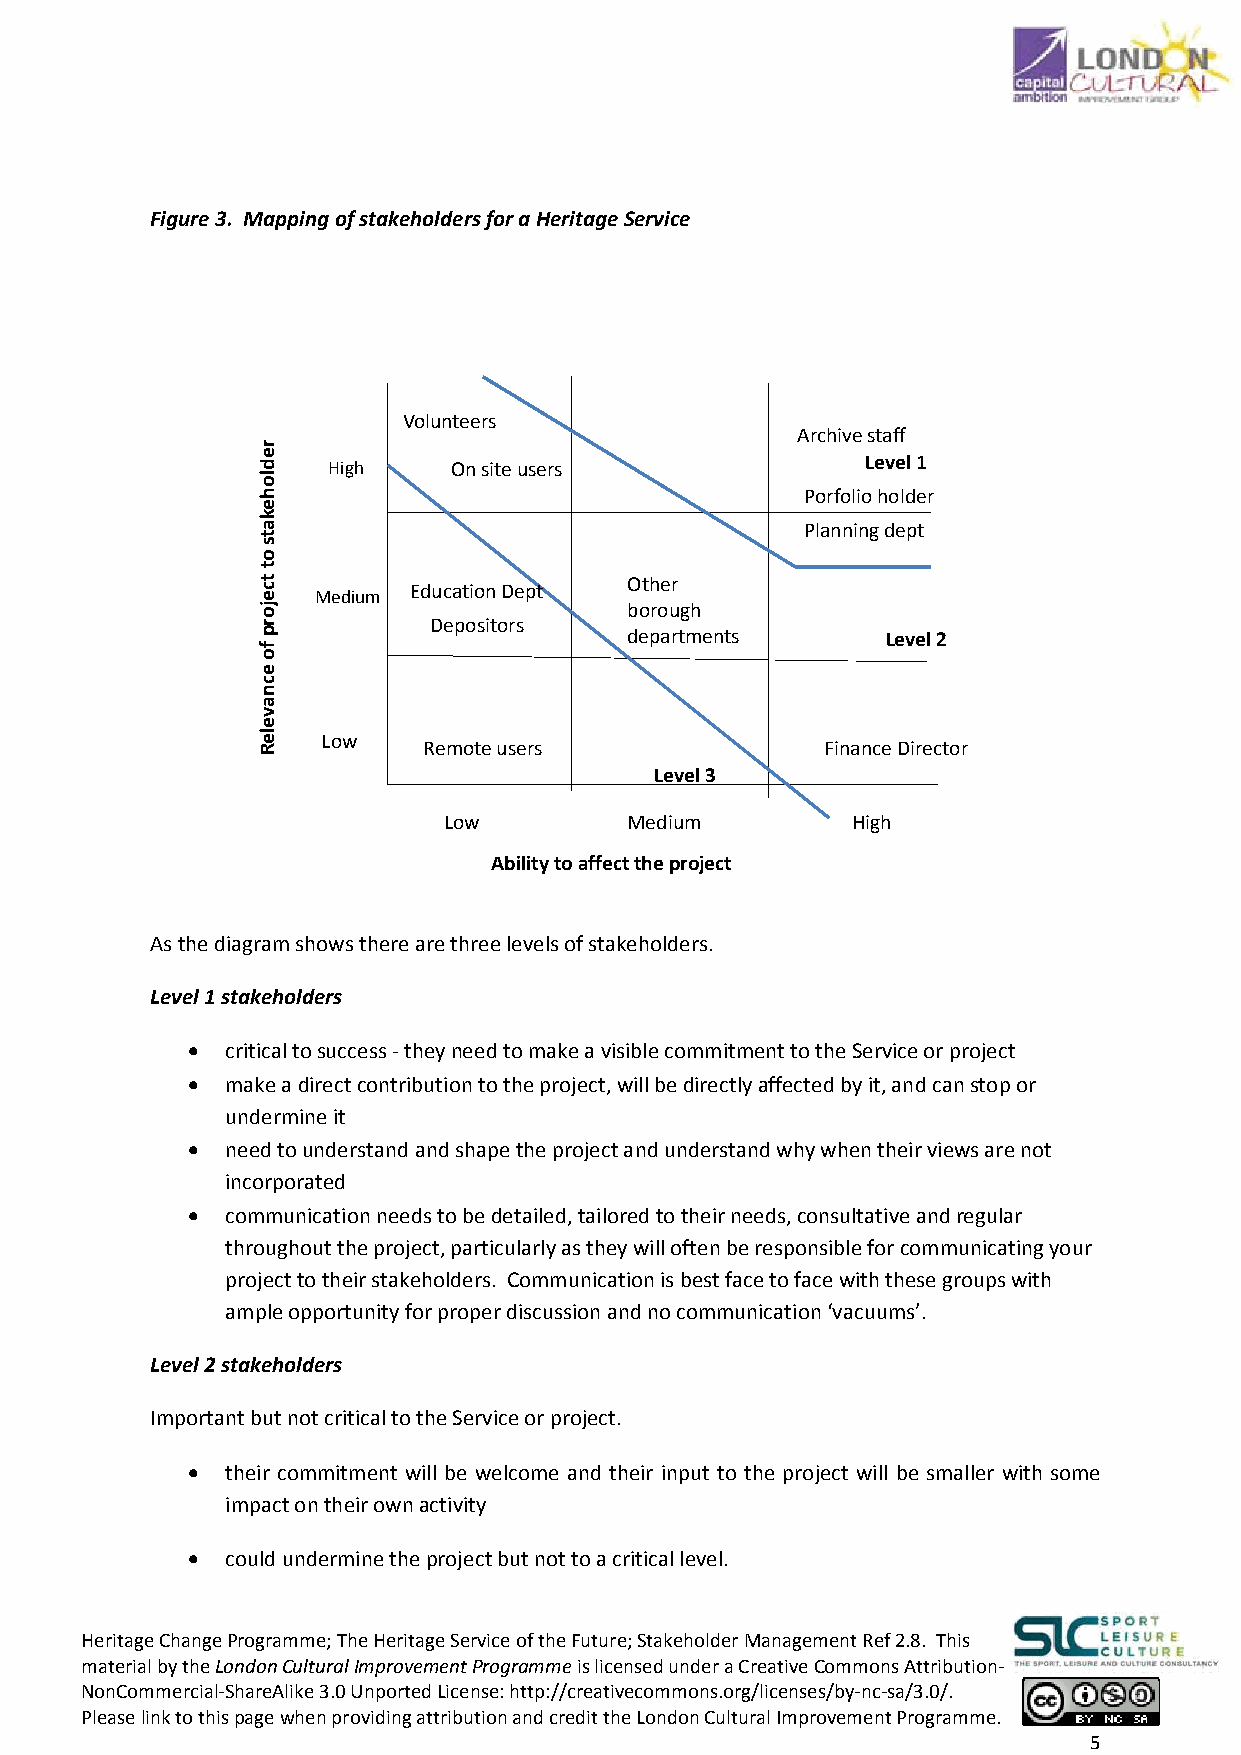
Figure 3. Mapping of stakeholders for a Heritage Service
 Volunteers
 Archive staff
 High    On site users              Level 1
 Porfolioholder
 Planning dept
 Other
 Medium Education Dept
 borough
 Depositors
 departments       Level 2
 Low
 Remote users               Finance Director
 Level 3
 Low          Medium        High
 Ability to affect the project
 As the diagram shows there are three levels of stakeholders.
 Level 1 stakeholders
 •  critical to success ‐ they need to make a visible commitment to the Service or project
 •  make a direct contribution to the project, will be directly affected by it, and can stop or
 undermine it
 •  need to understand and shape the project and understand why when their views are not
 incorporated
 •  communication needs to be detailed, tailored to their needs, consultative and regular
 throughout the project, particularly as they will often be responsible for communicating your
 project to their stakeholders. Communication is best face to face with these groups with
 ample opportunity for proper discussion and no communication ‘vacuums’.
 Level 2 stakeholders
 Important but not critical to the Service or project.
 •  their commitment will be welcome and their input to the project will be smaller with some
 impact on their own activity
 •  could undermine the project but not to a critical level.
 Heritage Change Programme; The Heritage Service of the Future; Stakeholder Management Ref 2.8. This
 material by the London Cultural Improvement Programme is licensed under a Creative Commons Attribution‐
 NonCommercial‐ShareAlike 3.0 Unported License: http://creativecommons.org/licenses/by‐nc‐sa/3.0/.
 Please link to this page when providing attribution and credit the London Cultural Improvement Programme.
 5
 redlohekats
 ot
 tcejorp
 fo
 ecnaveleR